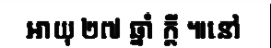
អាយុ ២៧ ឆ្នាំ ក្តី ៕នៅ